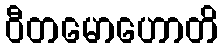
ဝီတမောဟောတိ